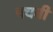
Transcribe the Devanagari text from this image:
पचवी